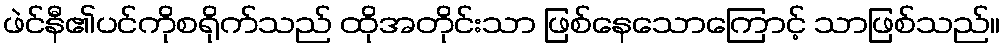
ဖဲင်နီ၏ပင်ကိုစရိုက်သည် ထိုအတိုင်းသာ ဖြစ်နေသောကြောင့် သာဖြစ်သည်။